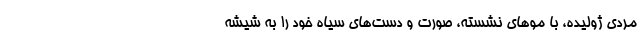
مردی ژولیده، با موهای نَشُسته، صورت و دست‌های سیاه خود را به شیشه